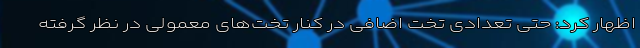
‌اظهار کرد: حتی تعدادی تخت اضافی در کنار تخت‌های معمولی در نظر گرفته